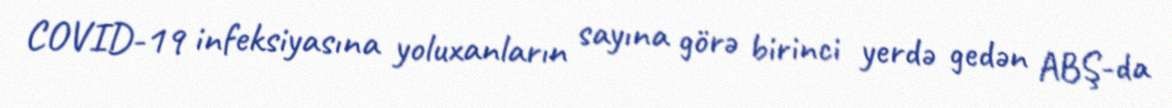
COVID-19 infeksiyasına yoluxanların sayına görə birinci yerdə gedən ABŞ-da